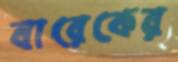
বারেকের